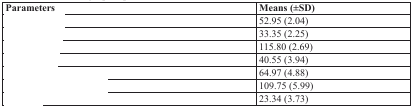
<table><thead><tr><td><b>Parameters</b></td><td><b>Means (±SD)</b></td></tr></thead><tbody><tr><td>[EMPTY_CELL]</td><td>52.95 (2.04)</td></tr><tr><td>[EMPTY_CELL]</td><td>33.35 (2.25)</td></tr><tr><td>[EMPTY_CELL]</td><td>115.80 (2.69)</td></tr><tr><td>[EMPTY_CELL]</td><td>40.55 (3.94)</td></tr><tr><td>[EMPTY_CELL]</td><td>64.97 (4.88)</td></tr><tr><td>[EMPTY_CELL]</td><td>109.75 (5.99)</td></tr><tr><td>[EMPTY_CELL]</td><td>23.34 (3.73)</td></tr></tbody></table>